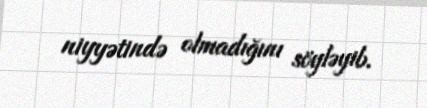
niyyətində olmadığını söyləyib.